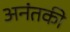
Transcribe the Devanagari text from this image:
अनंतकी